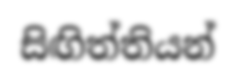
සිඟිත්තියන්